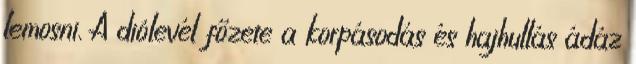
lemosni. A diólevél főzete a korpásodás és hajhullás ádáz